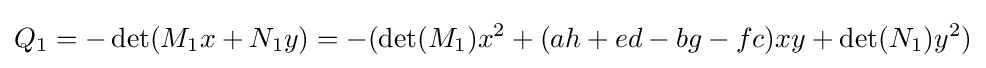
Q_{1}=-\det(M_{1}x+N_{1}y)=-(\det(M_{1})x^{2}+(ah+ed-bg-fc)xy+\det(N_{1})y^{2})